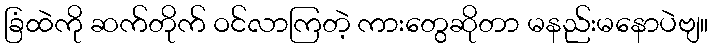
ခြံထဲကို ဆက်တိုက် ဝင်လာကြတဲ့ ကားတွေဆိုတာ မနည်းမနောပဲဗျ။